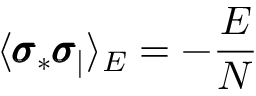
\langle \pmb { \sigma } _ { * } \pmb { \sigma } _ { | } \rangle _ { E } = - \frac E { N }